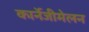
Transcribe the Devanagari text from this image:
कार्नेजीमेलन